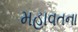
મહાવતના